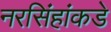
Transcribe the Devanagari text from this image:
नरसिंहांकडे